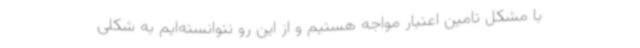
با مشکل تامین اعتبار مواجه هستیم و از این رو نتوانسته‌ایم به شکلی